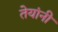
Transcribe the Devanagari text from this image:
तेयांनी